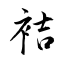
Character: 袺